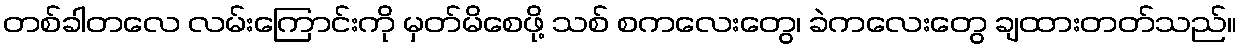
တစ်ခါတလေ လမ်းကြောင်းကို မှတ်မိစေဖို့ သစ် စကလေးတွေ၊ ခဲကလေးတွေ ချထားတတ်သည်။